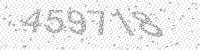
Solution: 459718